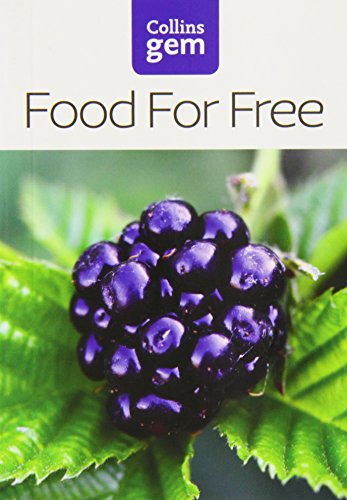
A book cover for Food For Free (Collins Gem); Richard Mabey; Cookbooks, Food & Wine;